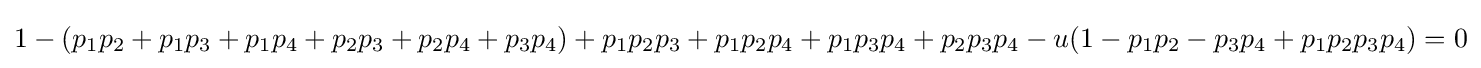
1-(p_{1}p_{2}+p_{1}p_{3}+p_{1}p_{4}+p_{2}p_{3}+p_{2}p_{4}+p_{3}p_{4})+p_{1}p_{2}p_{3}+p_{1}p_{2}p_{4}+p_{1}p_{3}p_{4}+p_{2}p_{3}p_{4}-u(1-p_{1}p_{2}-p_{3}p_{4}+p_{1}p_{2}p_{3}p_{4})=0